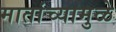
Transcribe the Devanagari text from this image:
मातांच्यामुळे